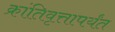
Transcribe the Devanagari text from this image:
क्रांतिवृत्तापर्यंत